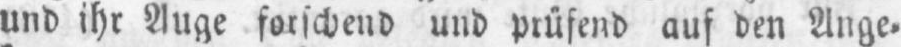
und ihr Auge forschend und prüfend auf den Ange⸗